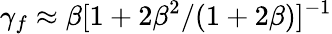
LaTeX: \gamma_{f}\approx\beta[1+{2\beta^{2}}/({1+2\beta})]^{-1}